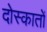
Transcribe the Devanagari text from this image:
दोस्कातों